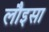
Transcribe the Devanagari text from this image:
लौइसा